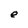
Character: e